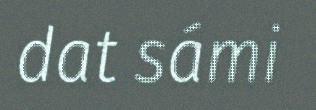
dat sámi